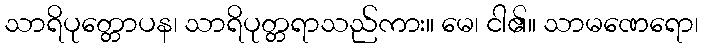
သာရိပုတ္တောပန၊ သာရိပုတ္တရာသည်ကား။ မေ၊ ငါ၏။ သာမဏေရော၊